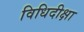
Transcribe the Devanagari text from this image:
विधिदीक्षा